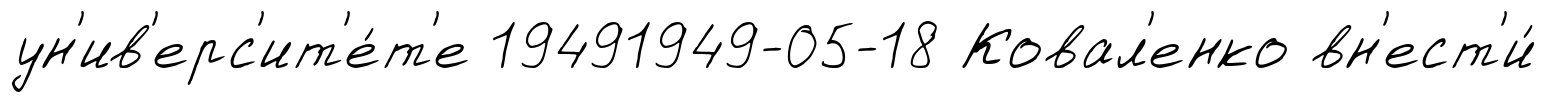
ун'ив'ерс'ит'е́т'е 19491949-05-18 Ковал'енко вн'ест'и́